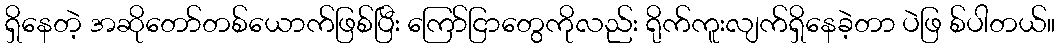
ရှိနေတဲ့ အဆိုတော်တစ်ယောက်ဖြစ်ပြီး ကြော်ငြာတွေကိုလည်း ရိုက်ကူးလျက်ရှိနေခဲ့တာ ပဲဖြ စ်ပါတယ်။